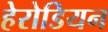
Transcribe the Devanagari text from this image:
हेरोडियन